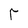
Character: r